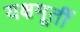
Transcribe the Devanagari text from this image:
यक्षमूर्ती